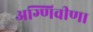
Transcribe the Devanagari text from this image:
अग्णिवीणा